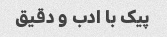
پیک با ادب و دقیق